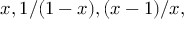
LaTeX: x , 1 / ( 1 - x ) , ( x - 1 ) / x ,